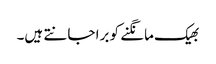
بھیک مانگنے کو برا جانتے ہیں۔